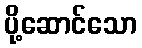
ပို့ဆောင်သော